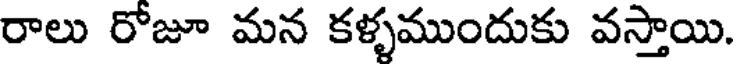
రాలు రోజూ మన కళ్ళముందుకు వస్తాయి.